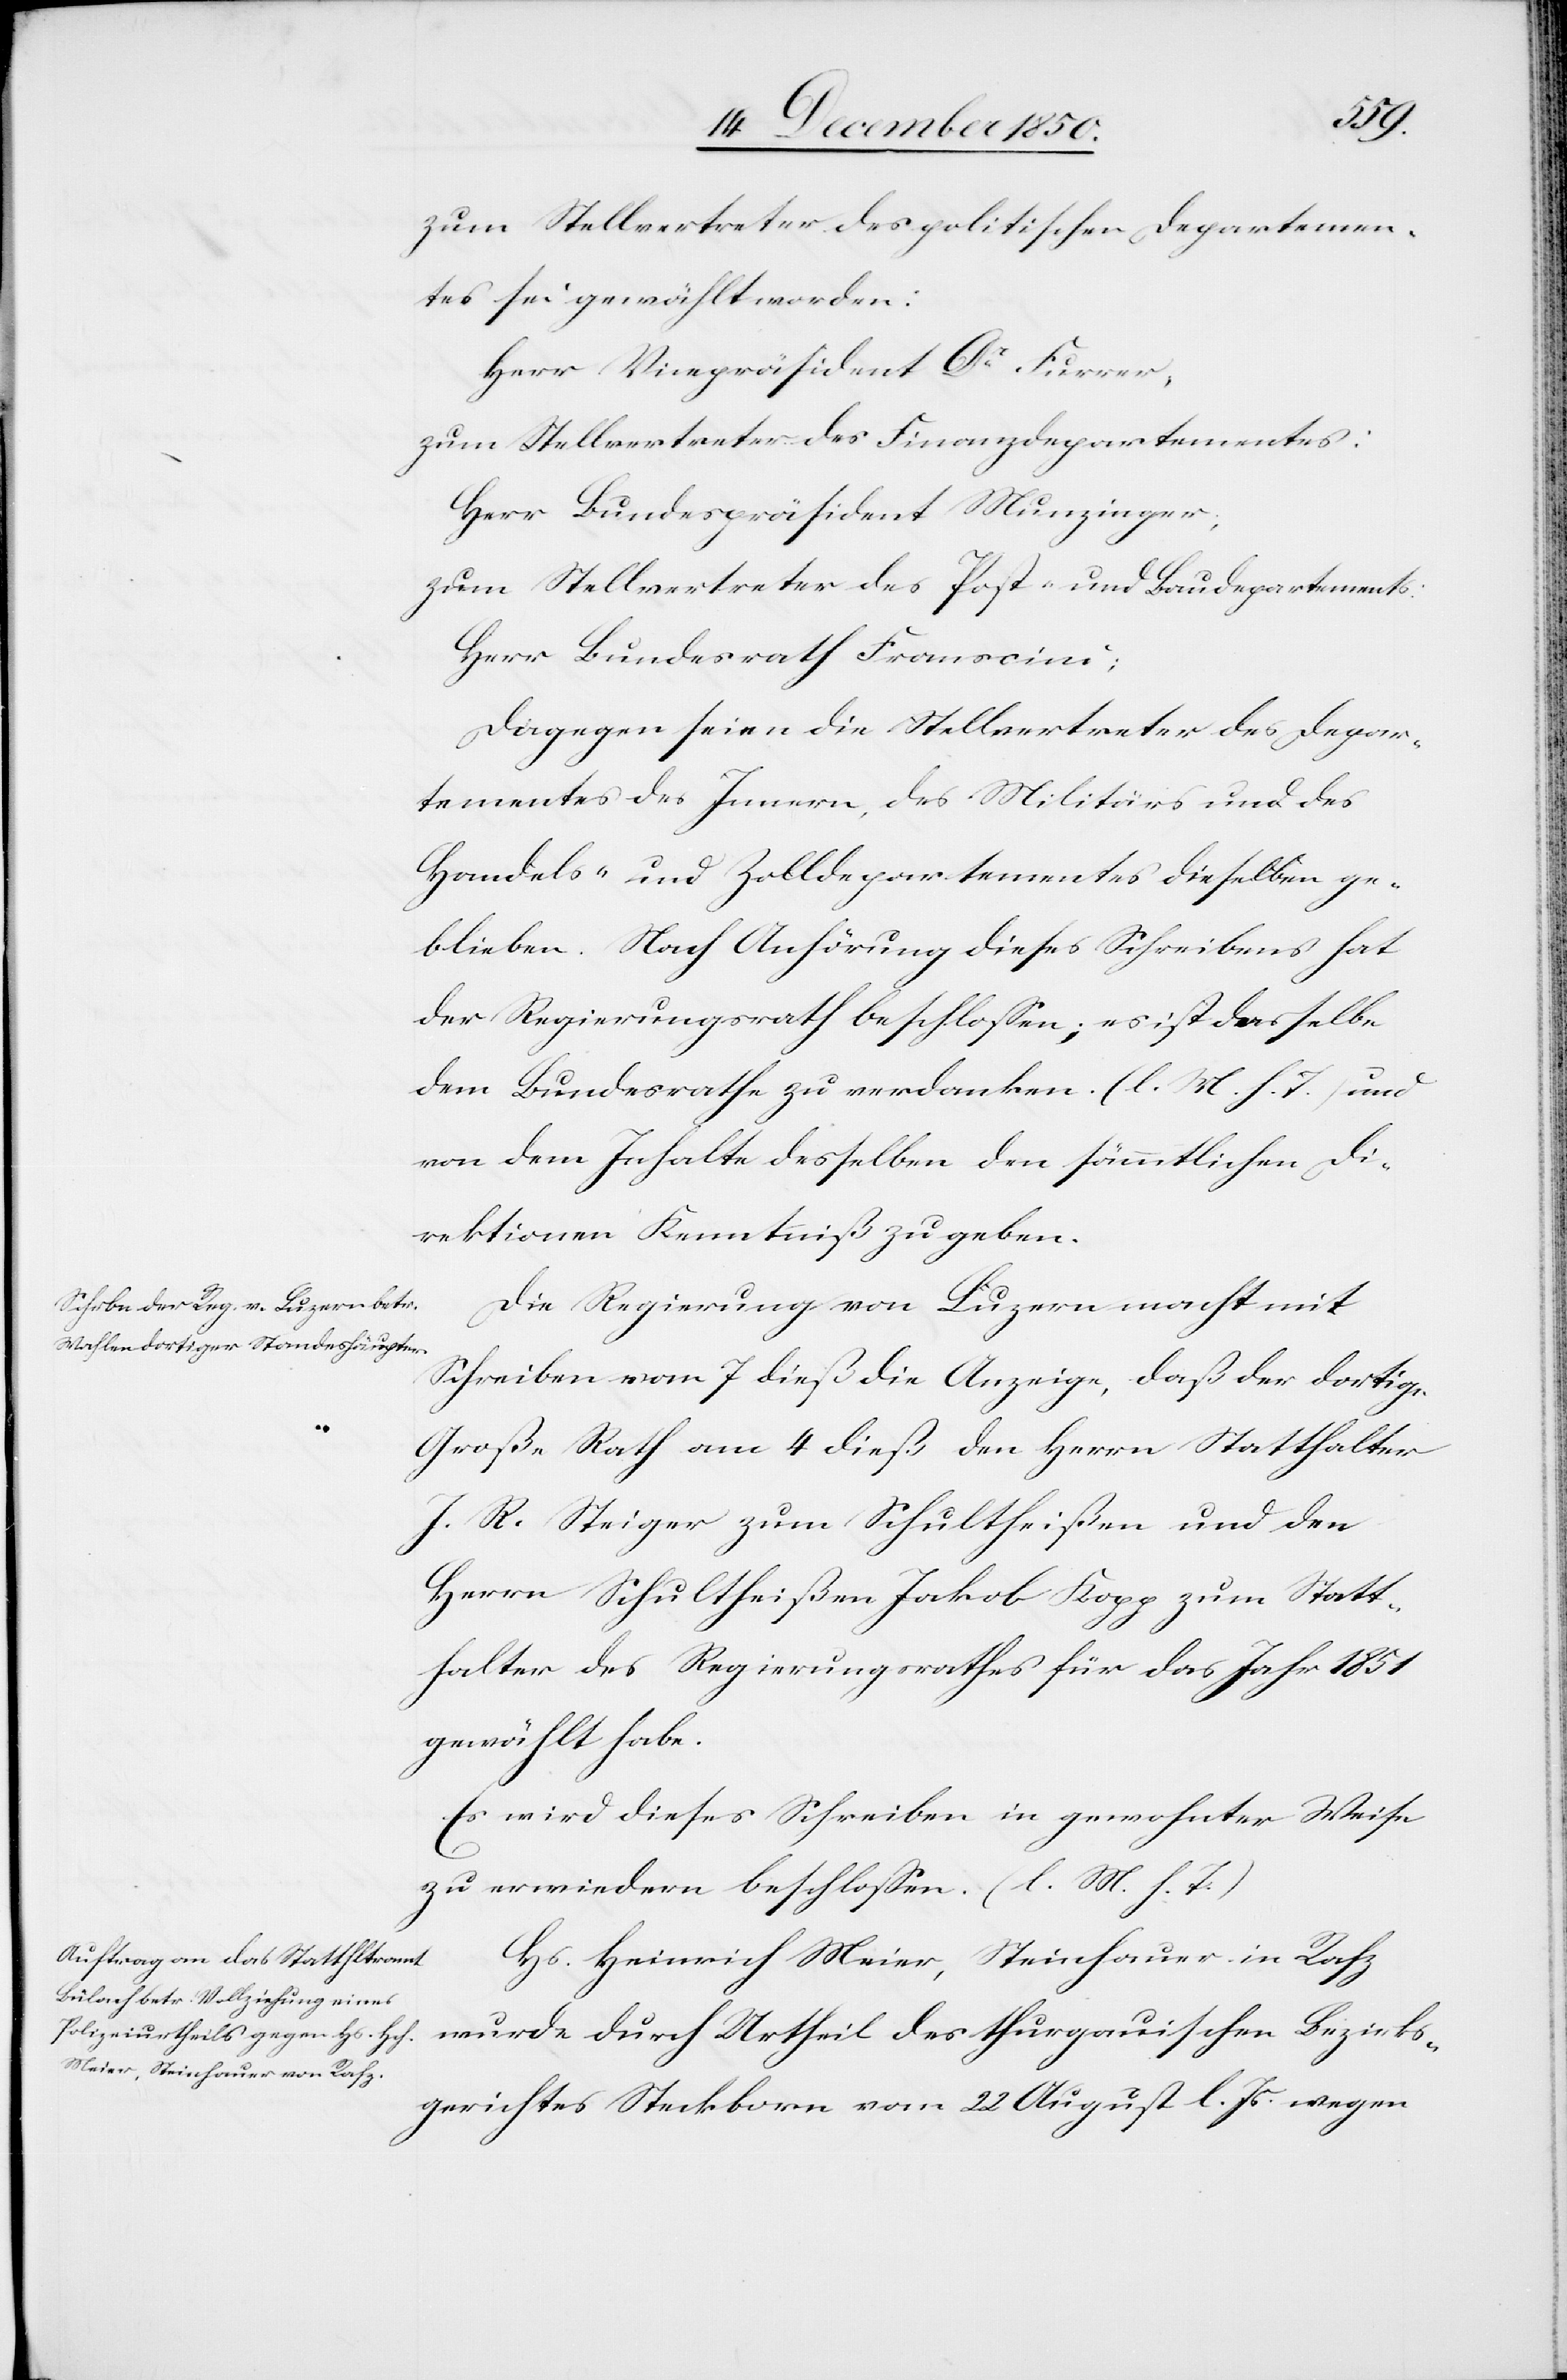
zum Stellvertreter des politischen Departemen¬
tes sei gewählt worden:
Herr Vicepräsident Dr Furrer,
zum Stellvertreter des Finanzdepartementes:
Herr Bundespräsident Munzinger,
zum Stellvertreter des Post- und Baudepartements:
Herr Bundesrath Franscini;
Dagegen seien die Stellvertreter des Depar¬
tementes des Innern, des Militärs und des
Handels- und Zolldepartementes dieselben ge¬
blieben. Nach Anhörung dieses Schreibens hat
der Regierungsrath beschlossen; es ist dasselbe
dem Bundesrathe zu verdanken. (l. M. h. T.) und
von dem Inhalte desselben den sämmtlichen Di¬
rektionen Kenntniß zu geben.
Die Regierung von Luzern macht mit
Schreiben vom 7 dieß die Anzeige, daß der dortig¬
e
Große Rath am 4 dieß den Herrn Statthalter
J. R. Steiger zum Schultheißen und den
Herrn Schultheißen Jackob Kopp zum Statt¬
halter des Regierungsrathes für das Jahr 1851
gewählt habe.
Es wird dieses Schreiben in gewohnter Weise
zu erwiedern beschlossen. (l. M. h. T.)
Hs. Heinrich Meier, Steinhauer in Rafz
wurde durch Urtheil des thurgauischen Bezirks¬
gerichtes Steckborn vom 22 August l. Js. wegen